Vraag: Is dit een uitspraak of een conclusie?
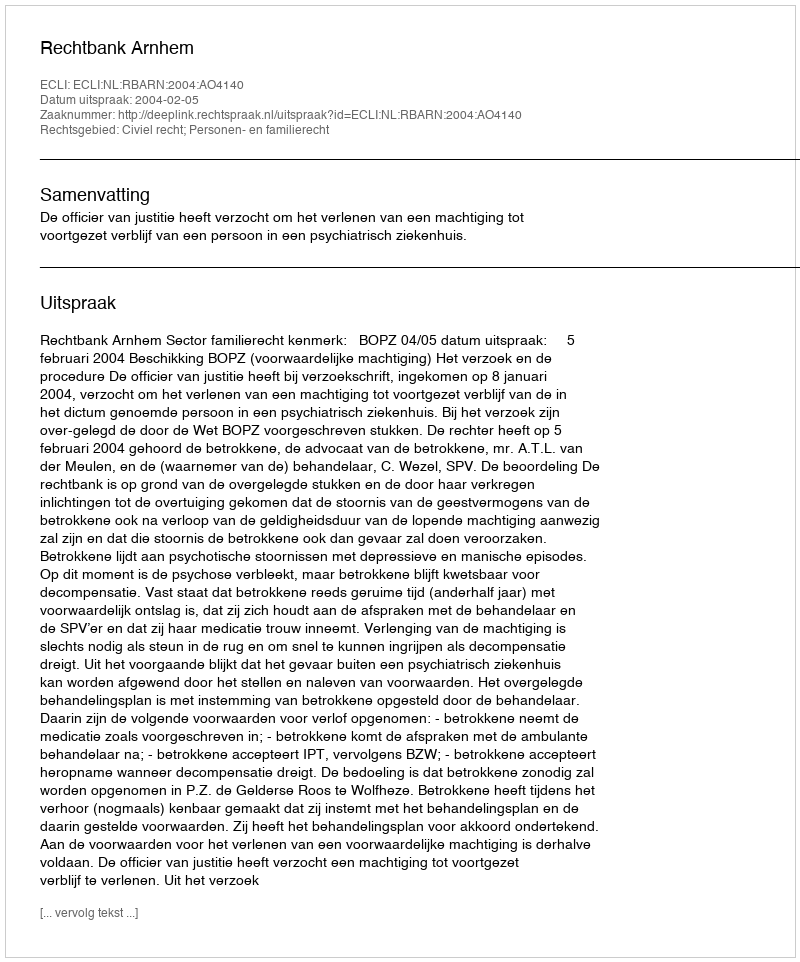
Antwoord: Uitspraak